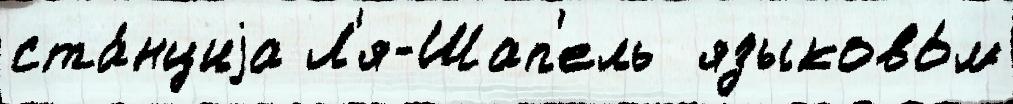
ста́нциjа Л'я-Шап'ель  языково́м